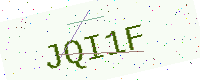
Text: JQI1F